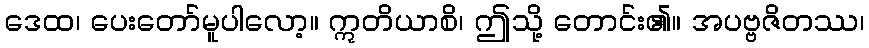
ဒေထ၊ ပေးတော်မူပါလော့။ ဣတိယာစိ၊ ဤသို့ တောင်း၏။ အပဗ္ဗဇိတဿ၊